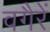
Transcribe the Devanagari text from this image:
वगैरें